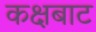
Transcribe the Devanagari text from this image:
कक्षबाट